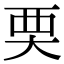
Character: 䙲